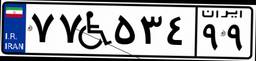
۷۷W۵۳۴۹۹